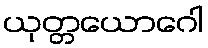
ယုတ္တယောဂေါ